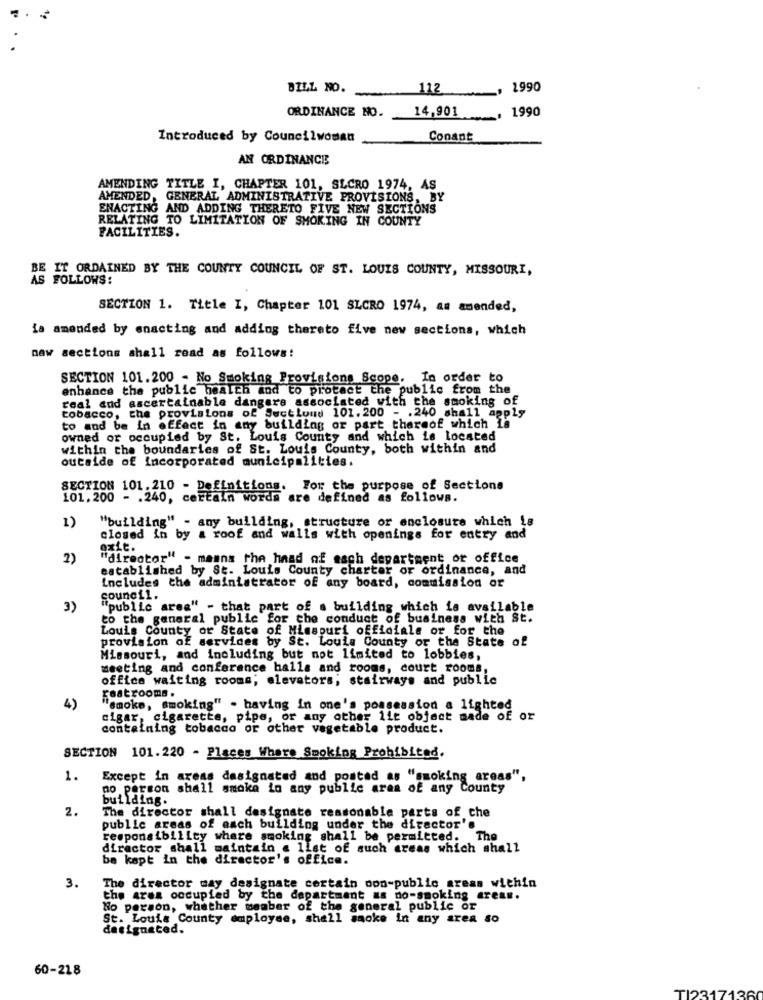
BILL NO.
112
1990
ORDINANCE NO.
14,901
1990
Introduced by Councilwoman
Conant
AN ORDINANCE
AMENDING TITLE I, CHAPTER 101, SLCRO 1974, AS
AMENDED, GENERAL ADMINISTRATIVE PROVISIONS, BY
ENACTING AND ADDING THERETO FIVE NEW SECTIONS
RELATING TO LIMITATION OF SMOKING IN COUNTY
FACILITIES.
BE IT ORDAINED BY THE COUNTY COUNCIL OF ST. LOUIS COUNTY, MISSOURI,
AS FOLLOWS:
SECTION 1. Title I, Chapter 101 SLCRO 1974, as amended,
ia amended by enacting and adding thereto five new sections, which
naw sections shall read as follows:
SECTION 101.200 - No Smoking Provisions Scope. In order to
enhance the public health and to protect the public from the
real and ascertainable dangare associated with the smoking of
tobacco, the provisions of Sectloud 101.200 - . 240 shall apply
to and be in effect in any building or part thereof which la
owned or occupied by St. Louis County and which is located
within the boundaries of St. Louis County, both within and
outside of incorporated municipalities.
SECTION 101. 210 - Definitions. For the purpose of Sections
101. 200 - . 240, certain words are defined as follows.
"building" - any building, structure or enclosure which is
1)
closed in by a roof and walls with openings for entry and
exit.
2)
"director" - maana the head of each department or office
established by St. Louis County charter or ordinance, and
Includes the administrator of any board, commission or
council.
3)
""public area" - that part of a building which is available
to the general public for che conduct of business with St.
Louis County or State of Missouri officials or for the
provision of services by St. Louis County or the State of
Missouri, and including but not limited to lobbies,
meeting and conference halla and rooms, court rooms,
office waiting rooms; elevators, stairways and public
Featrooms.
4)
"smoke, smoking" . having in one's possession a lighted
cigar, cigarette, pipe, or any other lit object made of or
contetaing tobacco or other vegetable product.
SECTION 101.220 - Places Where Smoking Prohibited.
1.
Except in areas designated and postad as "smoking areas",
no person shall smoke in any public area of any County
building.
2.
The director shall designate reasonable parts of che
public areas of each building under the director's
responsibility where smoking shall be permitted. The
director shall maintain a list of such areas which shall
be kept in the director's office.
3.
The director may designate certain oon-public areas within
the area occupied by the department as no-smoking areas.
No person, whether member of the general public or
St. Louis County employee, shall sacke in any area so
designated.
60-218
TI2317